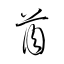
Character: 酋